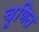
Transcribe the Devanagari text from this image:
चूणित